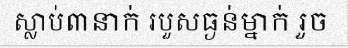
ស្លាប់៣នាក់ របួសធ្ងន់ម្នាក់ រួច